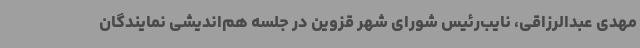
مهدی عبدالرزاقی، نایب‌رئیس شورای شهر قزوین در جلسه هم‌اندیشی نمایندگان